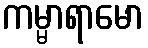
ကမ္မာရာမော